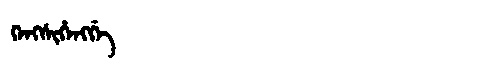
Manchu: ᡴᡝᠩᠰᡳᡥᡝᠩᡤᡝ
Romanization: KENGSIHENGGE